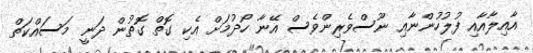
އާއިލާއާއި ފުލުހުންނާއި ނޫސްވެރިންވެސް އޭނާ ހޯދުމަށް އެކި ގޮތް ގޮތުން ދަނީ މަސައްކަތް